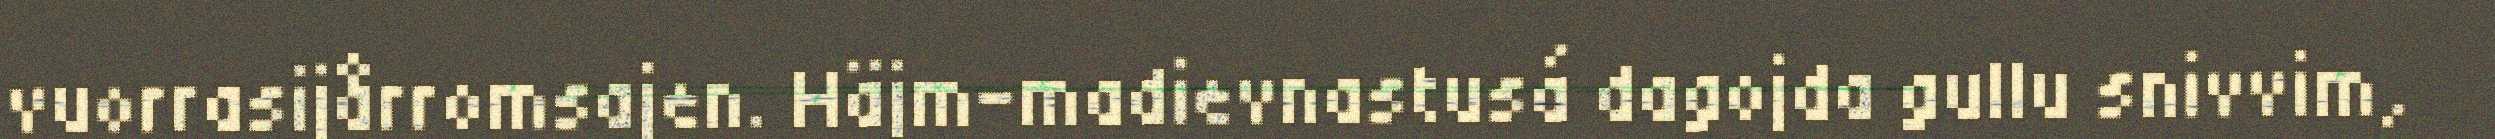
vuorrasijårromsajen. Häjm-madievnastusá dagojda gullu snivvim,